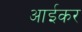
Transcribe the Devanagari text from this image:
आईकर